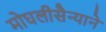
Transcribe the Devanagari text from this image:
मोघलीसैन्याने